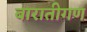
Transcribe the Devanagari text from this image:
बारातीगण